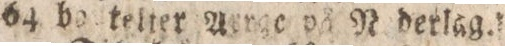
64 ballteliter Aerge på Nederlag.